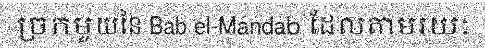
ច្រកមួយនៃ Bab el-Mandab ដែលតាមរយៈ